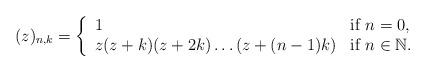
LaTeX: \begin{align*}(z)_{n,k}=\left\{\begin{array}{ll} 1 & \mbox{if } n=0,\\z(z+k)(z+2k)\ldots(z+(n-1)k) & \mbox{if } n\in\mathbb{N}.\end{array}\right.\end{align*}